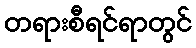
တရားစီရင်ရာတွင်